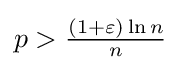
p>{\tfrac {(1+\varepsilon )\ln n}{n}}